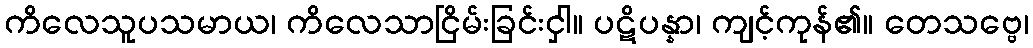
ကိလေသူပသမာယ၊ ကိလေသာငြိမ်းခြင်းငှါ။ ပဋိပန္နာ၊ ကျင့်ကုန်၏။ တေသဗ္ဗေ၊